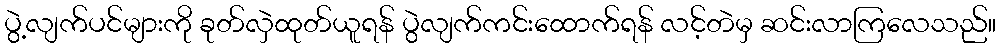
ပွဲ့လျက်ပင်များကို ခုတ်လှဲထုတ်ယူရန် ပွဲလျက်ကင်းထောက်ရန် လင့်တဲမှ ဆင်းလာကြလေသည်။